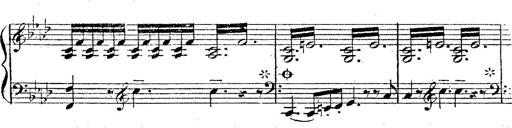
Title: 12 Lieder von Franz Schubert
Composer: Franz Liszt